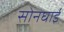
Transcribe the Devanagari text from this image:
सोनघाई